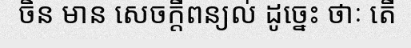
ចិន មាន សេចក្តីពន្យល់ ដូច្នេះ ថាៈ តើ